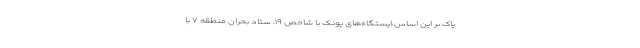
پاک بر این اساس،ایستگاه‌های پونک با شاخص ۱۹، ستاد بحران منطقه ۷ با